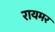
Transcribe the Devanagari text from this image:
रायमर